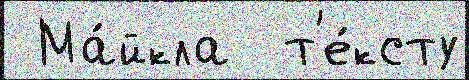
 Ма́йкла  т'е́ксту